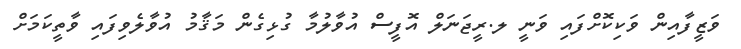
ވަޒީފާއިން ވަކިކޮށްފައި ވަނީ ލ.ރީޖަނަލް އޮފީސް އުވާލުމާ ގުޅިގެން މަޤާމު އުވާލެވިފައި ވާތީކަމަށް